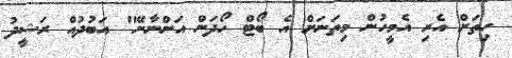
ހިތަށް އެރި އެމީހުން މިތަނަށް އެ ބޯޓް ހޯދަން އަންނާނޭ" އަބުދުއް ރަޝީދު